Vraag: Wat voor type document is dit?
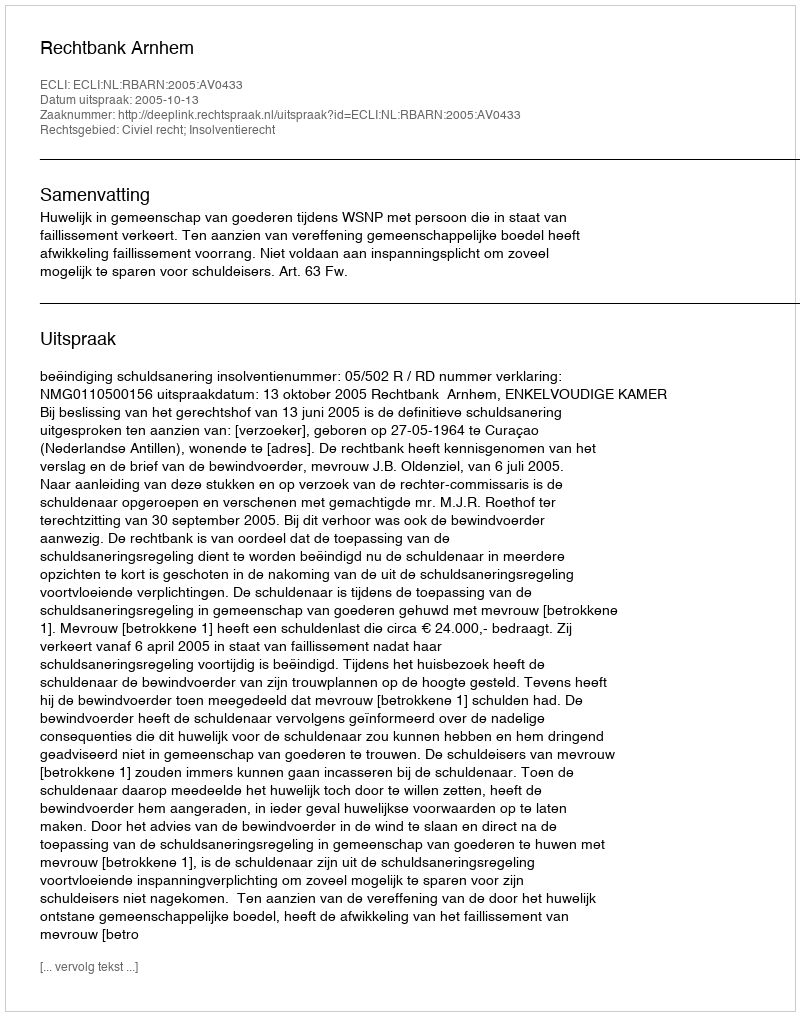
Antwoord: Uitspraak